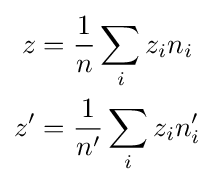
{\begin{aligned}z&={\frac {1}{n}}\sum _{i}z_{i}n_{i}\\z'&={\frac {1}{n'}}\sum _{i}z_{i}n'_{i}\end{aligned}}